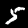
Digit: 5